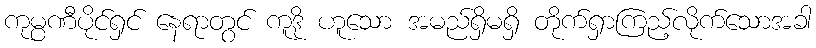
ကုမ္ပဏီပိုင်ရှင် နေရာတွင် ကူဒို ဟူသော အမည်ရှိမရှိ တိုက်ရှာကြည့်လိုက်သောအခါ